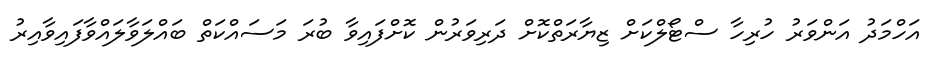
އަހްމަދު އަންވަރު ހުރިހާ ސްޓޯލްކަށް ޒިޔާރަތްކޮށް ދަރިވަރުން ކޮށްފައިވާ ބުރަ މަސައްކަތް ބައްލަވާލައްވާފައިވާއިރު